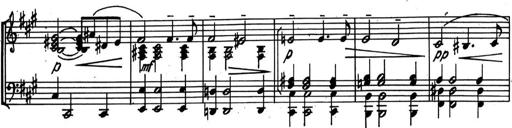
Title: Kleine Sonate
Composer: Raoul Koczalski
Key: C major